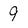
Character: 9